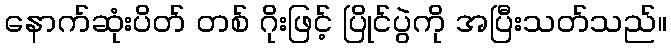
နောက်ဆုံးပိတ် တစ် ဂိုးဖြင့် ပြိုင်ပွဲကို အပြီးသတ်သည်။